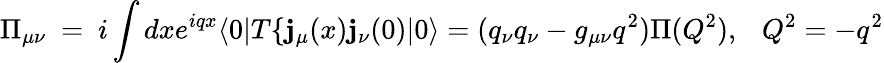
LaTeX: \Pi_{\mu\nu}~=~i\int{dxe^{iqx}\langle0|T\{ \mathbf{j}_{\mu}(x)\mathbf{j}_{\nu}(0)|0\rangle}=(q_{\nu}q_{\nu}-g_{\mu\nu}q^{2})\Pi(Q^{2}),~~~Q^{2}=-q^{2}